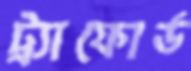
ট্র্যাফোর্ড